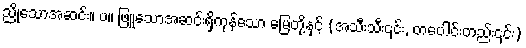
ညိုသောအဆင်း။ ပ။ ဖြူသောအဆင်းရှိကုန်သော မြေတို့နှင့် (အသီးသီး၎င်း, တပေါင်းတည်း၎င်း)